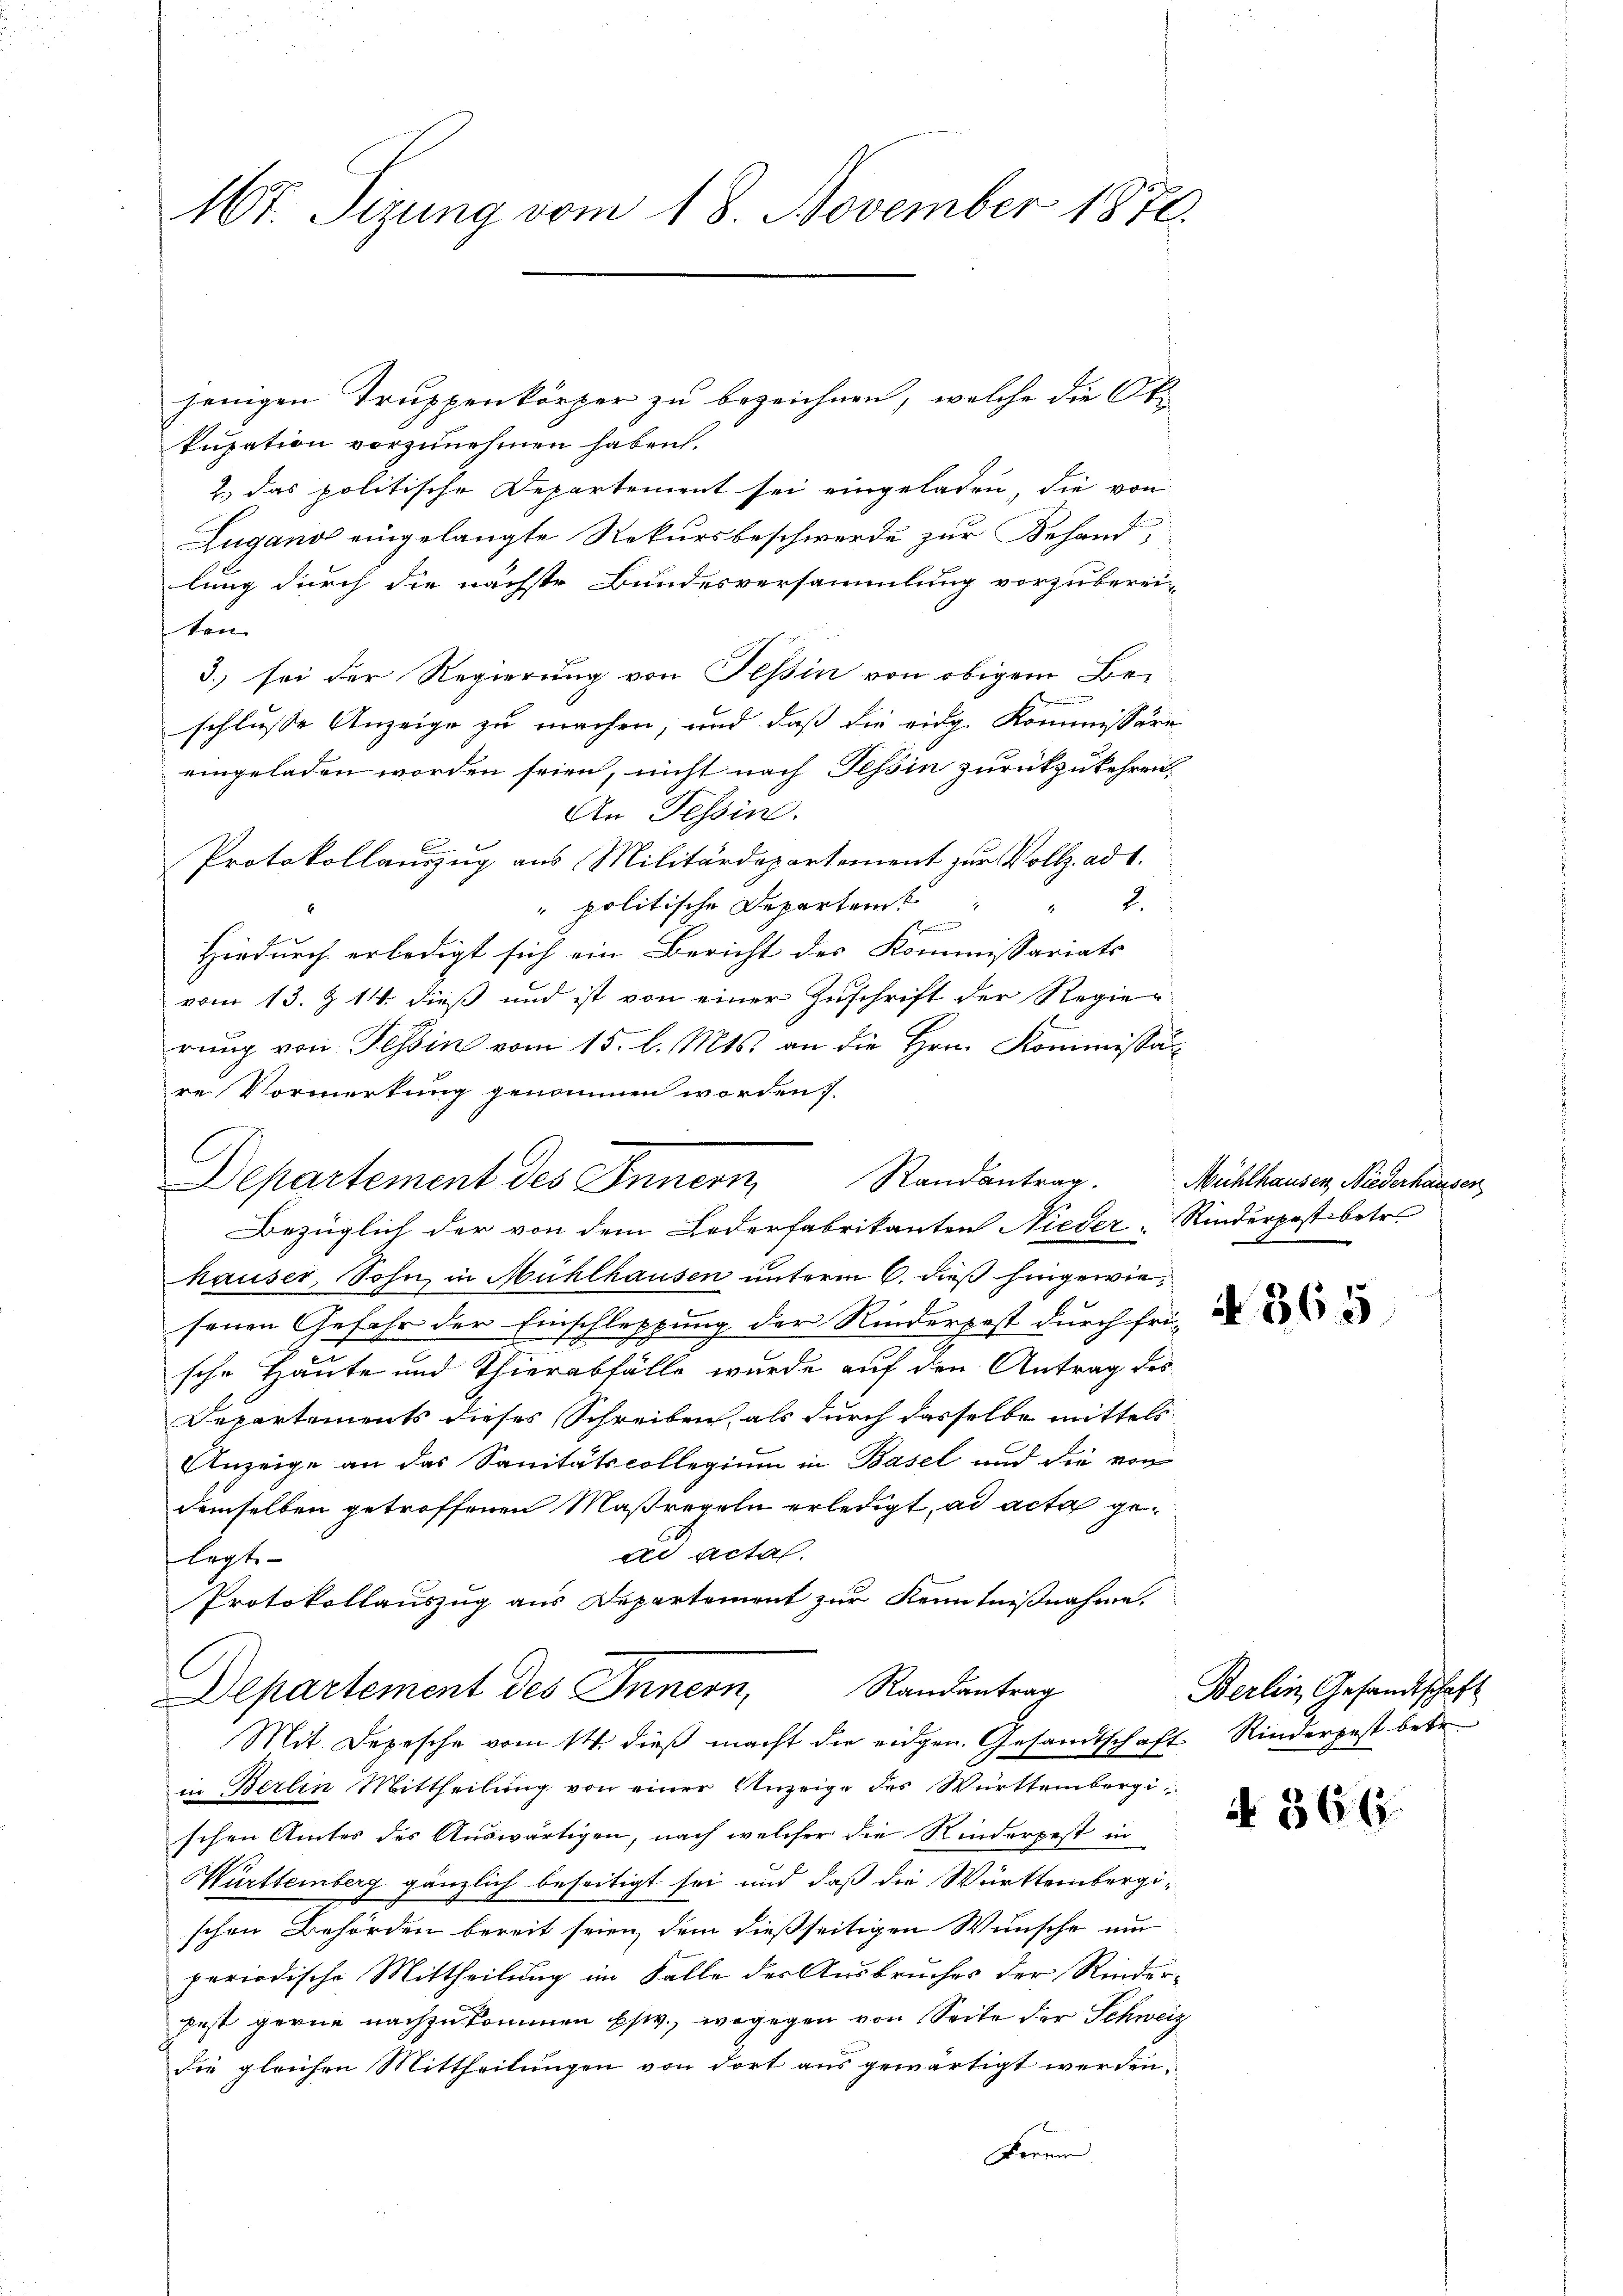
17. Sizung vom 18. November 1870.

jenigen Truppenkörper zu bezeichnen, welche die Okkupation vorzunehmen haben.
2.) das politische Departement sei eingeladen, die von
Lugano eingelangte Rekursbeschwerde zur Behand
lung durch die nächste Bundesversammlung vorzuberei-
ten
3.) sei der Regierung von Tessin von obigem Beischlusse Anzeige zu machen, und daß die eidg. Kommissäre
eingeladen worden seien, nicht nach Tessin zurückzukehren,
An Tessin.
Protokollauszug aus Militärdepartement zur Vollz. ad 1.
 politische Departeme
2.
Emmen
Hiedurch erledigt sich ein Bericht des Kommissariats
vom 13. Z. 14. dieß und ist von einer Zuschrift der Regierung von Tessin vom 15. l. Mts. an die Hrn. Kommissär
re Vormerkung genommen worden.
C
Departement des Innern, Randantrag. Mühlhausen Niederhausen,
Bezüglich der von dem Lederfabrikanten Nieder, Rinderpost betr.
hauser, Sohn in Mühlhausen unterm 6. dieß hingewiesenen Gefahr der Einschleppung der Rinderpest durch fri-
sche Häute und Thierabfälle wurde auf den Antrag des
Departements dieses Schreiben, als durch dasselbe mittels
Anzeige an das Sanitätscollegium in Basel und die von
demselben getroffenen Maßregeln erledigt, ad acta gead actal.
legt
Protokollauszug aus Departement zur Kenntnißnahme.

Departement des Innern, Randantrag
Mit. Depesche vom 14. dieß macht die eidgen. Gesandtschaft Rinderpest betr.

in Berlin Mittheilung von einer Anzeige des Württembergischen Amtes des Auswärtigen, nach welcher die Kinderpest in
Württemberg gänzlich beseitigt sei und daß die Württembergischen Behörden bereit seien, dem dießseitigen Wunsche um
periodische Mittheilung im Falle der Ausbruches der Rinder-
pest gerne nachzukommen bzw., wogegen von Seite der Schweiz
die gleichen Mittheilungen von dort aus gewärtigt werden.
Formen

A 365

Berlin, Gesandtschaft

N° 3661.